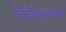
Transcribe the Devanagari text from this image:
विविधागमवेदिने